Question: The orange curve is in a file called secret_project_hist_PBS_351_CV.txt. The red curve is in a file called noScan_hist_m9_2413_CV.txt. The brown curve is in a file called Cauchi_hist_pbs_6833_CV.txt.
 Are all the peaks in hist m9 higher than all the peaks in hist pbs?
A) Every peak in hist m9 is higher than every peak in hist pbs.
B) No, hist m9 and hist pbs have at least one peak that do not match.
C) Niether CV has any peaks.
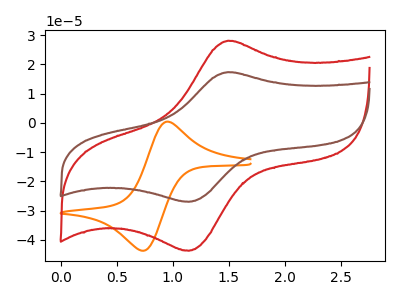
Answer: <think>The orange curve "hist PBS" has an anodic peak at (0.95V, 0.40uA) and a cathodic peak at (0.75V, -43.75uA). The red curve "hist m9" has an anodic peak at (1.50V, 28.10uA) and a cathodic peak at (1.15V, -43.75uA). The brown curve "hist pbs" has an anodic peak at (1.50V, 17.35uA) and a cathodic peak at (1.15V, -27.00uA).</think>
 <answer>A) Every peak in "hist m9" is higher than every peak in "hist pbs".</answer>
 <eval>A</eval>